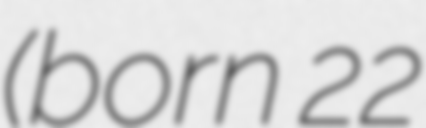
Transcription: (born 22